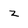
Character: z